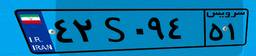
۴۲S۰۹۴۵۱